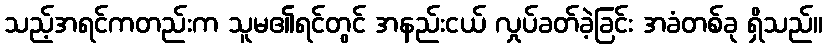
သည့်အရင်ကတည်းက သူမ၏ရင်တွင် အနည်းငယ် လှုပ်ခတ်ခဲ့ခြင်း အခံတစ်ခု ရှိသည်။